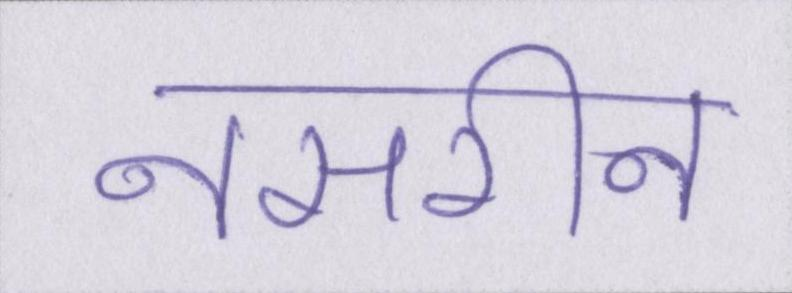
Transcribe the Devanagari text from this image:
नसरीन